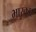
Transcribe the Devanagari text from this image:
भास्कार